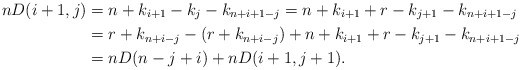
\begin{align*} nD(i+1,j)&=n+k_{i+1}-k_j-k_{n+i+1-j}=n+k_{i+1}+r-k_{j+1}-k_{n+i+1-j}\\ &=r+k_{n+i-j}-(r+k_{n+i-j})+n+k_{i+1}+r-k_{j+1}-k_{n+i+1-j}\\ &=nD(n-j+i)+nD(i+1,j+1).\end{align*}